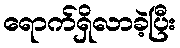
ရောက်ရှိလာခဲ့ပြီး